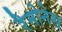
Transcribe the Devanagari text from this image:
रैमोनेस